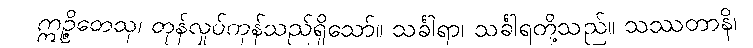
ဣဉ္ဇိတေသု၊ တုန်လှုပ်ကုန်သည်ရှိသော်။ သင်္ခါရာ၊ သင်္ခါရတို့သည်။ သဿတာနိ၊